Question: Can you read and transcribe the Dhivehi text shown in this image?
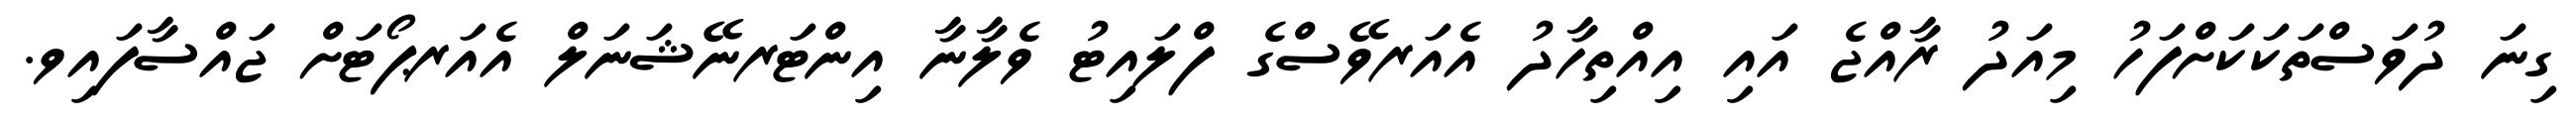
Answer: ގިނަ ދުވަސްތަކަކަށްފަހު މިއަދު ރާއްޖެ އައި އިއްތިހާދު އެއަރވޭސްގެ ފްލައިޓު ވެލާނާ އިންޓަރނޭޝަނަލް އެއަރޕޯޓަށް ޖައްސާފައިވ.